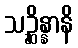
သဉ္ဆိန္နာနိ